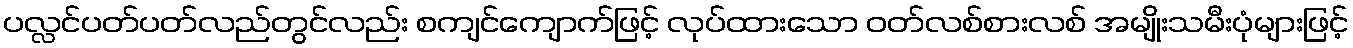
ပလ္လင်ပတ်ပတ်လည်တွင်လည်း စကျင်ကျောက်ဖြင့် လုပ်ထားသော ဝတ်လစ်စားလစ် အမျိုးသမီးပုံများဖြင့်